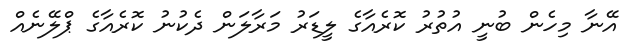
އޭނާ މިހެން ބުނީ އުތުރު ކޮރެއާގެ ލީޑަރު މަރާލަން ދެކުނު ކޮރެއާގެ ޕްލޭނެއް